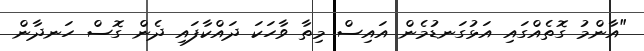
"އާންމު ގޮތެއްގައި އަޅުގަނޑުމެން އައިސް މިތާ ވާހަކަ ދައްކާފައި ދެން ގޮސް ހަނދާން